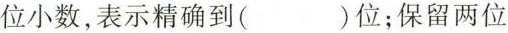
位小数，表示精确到( )位；保留两位